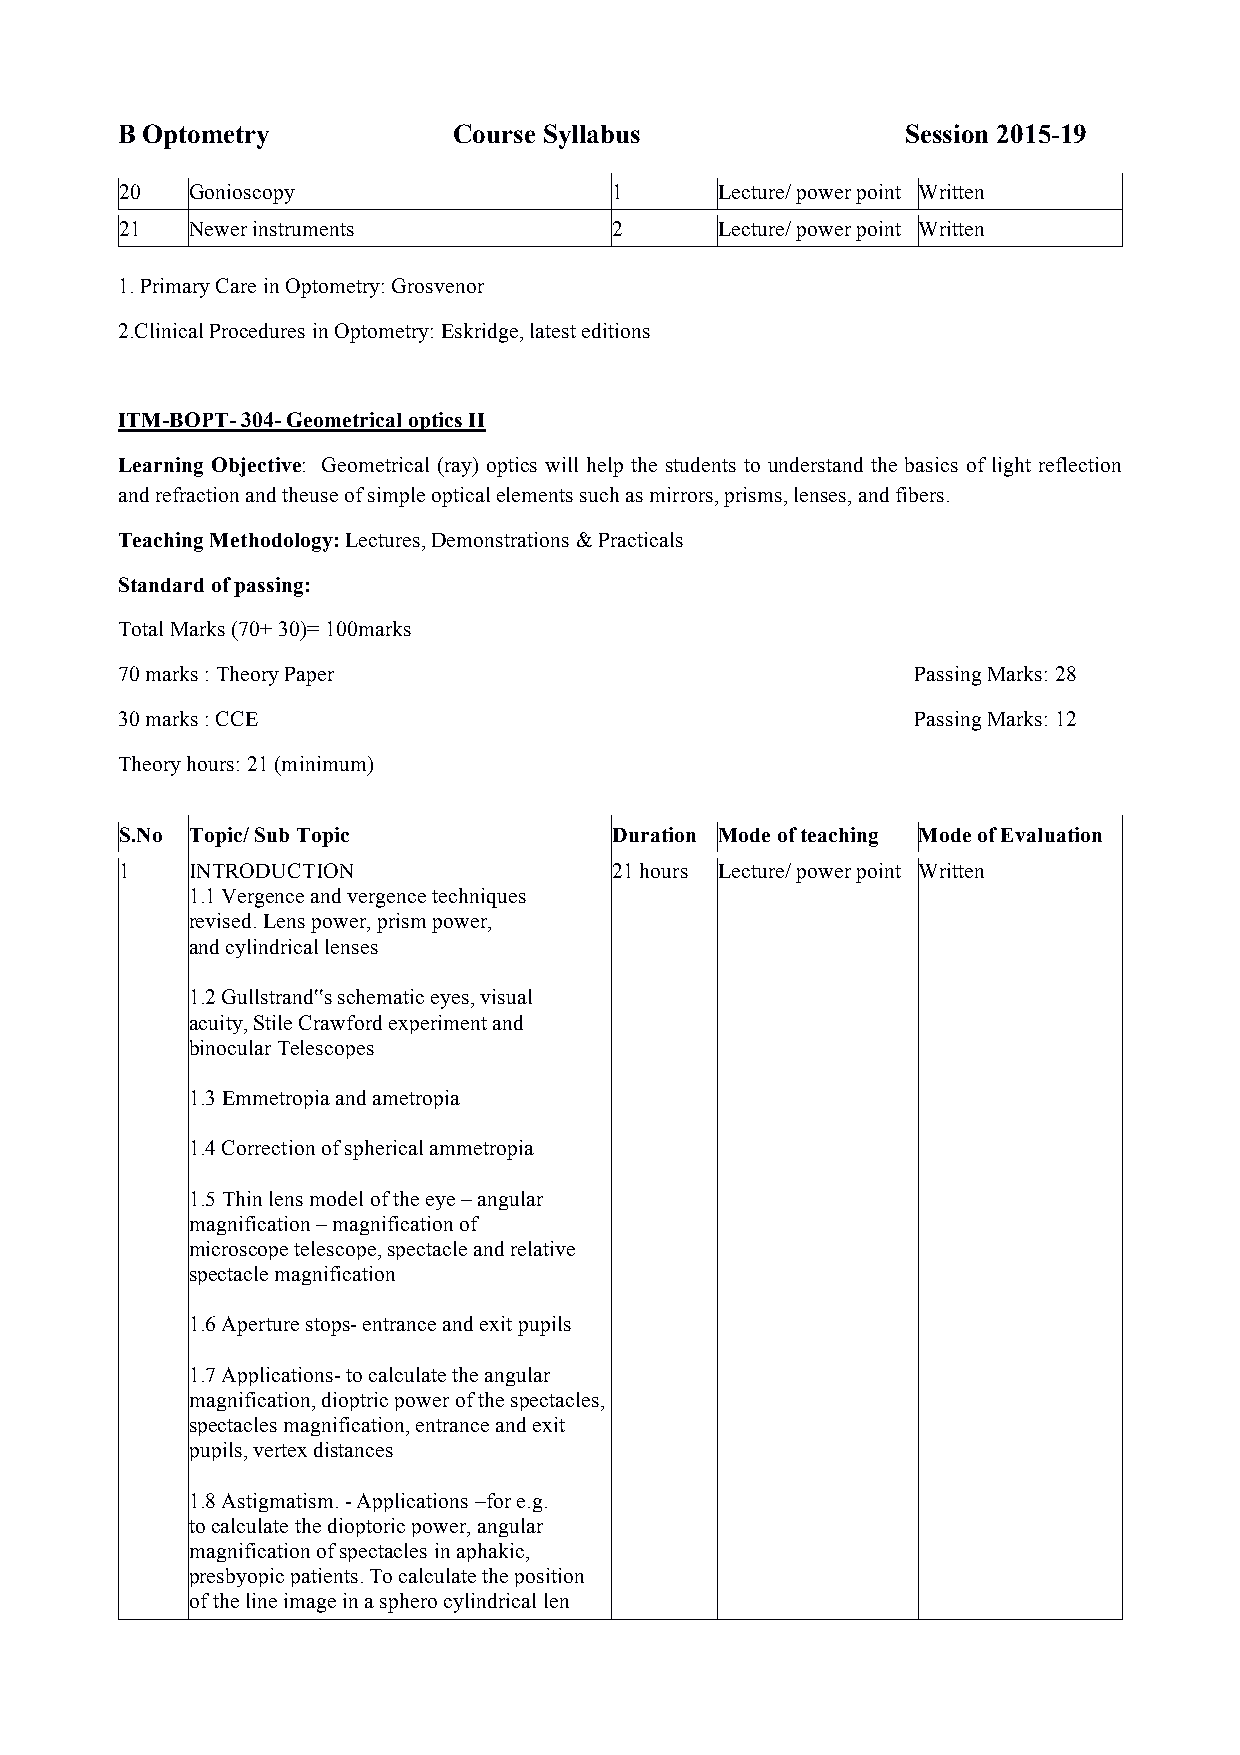
B Optometry           Course Syllabus               Session 2015-19
 20   Gonioscopy                  1      Lecture/ power point Written
 21   Newer instruments           2      Lecture/ power point Written
 1. Primary Care in Optometry: Grosvenor
 2.Clinical Procedures in Optometry: Eskridge, latest editions
 ITM-BOPT- 304- Geometrical optics II
 Learning Objective: Geometrical (ray) optics will help the students to understand the basics of light reflection
 and refraction and theuse of simple optical elements such as mirrors, prisms, lenses, and fibers.
 Teaching Methodology: Lectures, Demonstrations & Practicals
 Standard of passing:
 Total Marks (70+ 30)= 100marks
 70 marks : Theory Paper                              Passing Marks: 28
 30 marks : CCE                                       Passing Marks: 12
 Theory hours: 21 (minimum)
 S.No Topic/ Sub Topic            Duration Mode of teaching Mode of Evaluation
 1    INTRODUCTION                21 hours Lecture/ power point Written
 1.1 Vergence and vergence techniques
 revised. Lens power, prism power,
 and cylindrical lenses
 1.2 Gullstrand‟s schematic eyes, visual
 acuity, Stile Crawford experiment and
 binocular Telescopes
 1.3 Emmetropia and ametropia
 1.4 Correction of spherical ammetropia
 1.5 Thin lens model of the eye – angular
 magnification – magnification of
 microscope telescope, spectacle and relative
 spectacle magnification
 1.6 Aperture stops- entrance and exit pupils
 1.7 Applications- to calculate the angular
 magnification, dioptric power of the spectacles,
 spectacles magnification, entrance and exit
 pupils, vertex distances
 1.8 Astigmatism. - Applications –for e.g.
 to calculate the dioptoric power, angular
 magnification of spectacles in aphakic,
 presbyopic patients. To calculate the position
 of the line image in a sphero cylindrical len